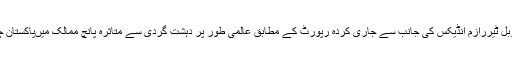
امریکی ادارے گلوبل ٹیررازم انڈیکس کی جانب سے جاری کردہ رپورٹ کے مطابق عالمی طور پر دہشت گردی سے متاثرہ پانچ ممالک میںپاکستان چوتھے نمبرپرہے۔